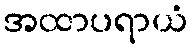
အထာပရာယံ